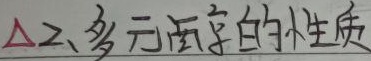
$\Delta$2、多元函数的性质